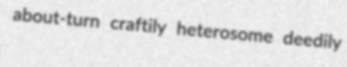
about-turn craftily heterosome deedily